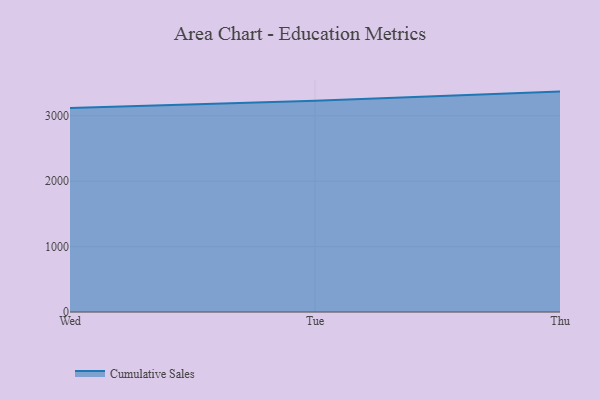
{"axis": {"x": "Day", "y": "Waste Production (Tons)"}, "legend": ["Cumulative Sales"], "data": [{"x": "Wed", "y": 3116.5, "type": "Cumulative Sales"}, {"x": "Tue", "y": 3228.8, "type": "Cumulative Sales"}, {"x": "Thu", "y": 3369.1, "type": "Cumulative Sales"}]}